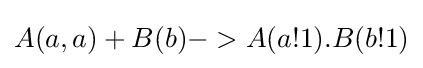
A(a,a)+B(b)->A(a!1).B(b!1)